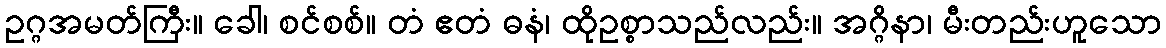
ဥဂ္ဂအမတ်ကြီး။ ခေါ၊ စင်စစ်။ တံ ဧတံ ဓနံ၊ ထိုဥစ္စာသည်လည်း။ အဂ္ဂိနာ၊ မီးတည်းဟူသော